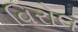
વિરોલ